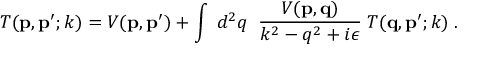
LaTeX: T ( { \bf p } , { \bf p ^ { \prime } } ; k ) = V ( { \bf p } , { \bf p ^ { \prime } } ) + \int \; d ^ { 2 } q \; \; \frac { V ( { \bf p } , { \bf q } ) } { k ^ { 2 } - q ^ { 2 } + i \epsilon } \; T ( { \bf q } , { \bf p ^ { \prime } } ; k ) \; .